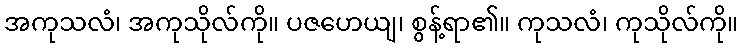
အကုသလံ၊ အကုသိုလ်ကို။ ပဇဟေယျ၊ စွန့်ရာ၏။ ကုသလံ၊ ကုသိုလ်ကို။